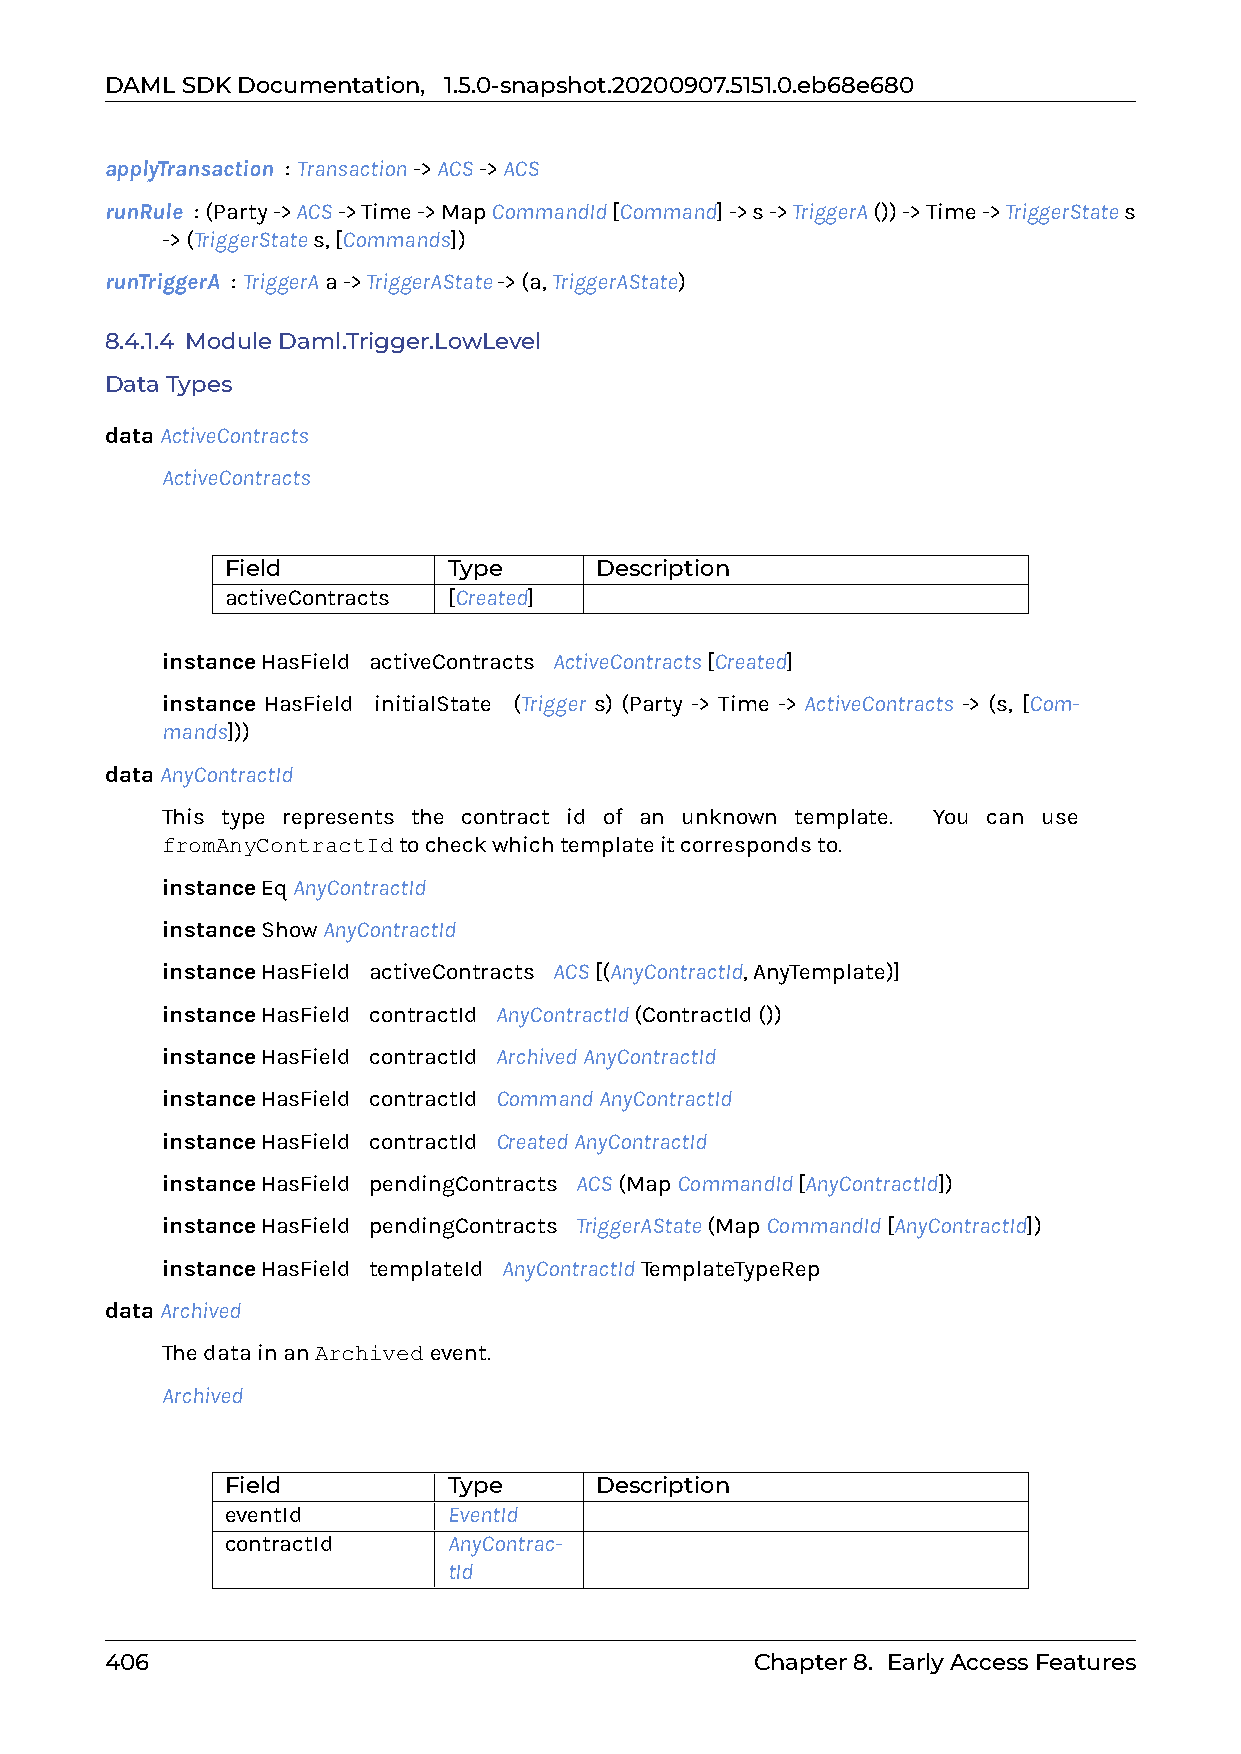
DAMLSDKDocumentation, 1.5.0-snapshot.20200907.5151.0.eb68e680
 applyTransaction : Transaction->ACS->ACS
 runRule : (Party->ACS->Time->MapCommandId[Command]->s->TriggerA())->Time->TriggerStates
 ->(TriggerStates,[Commands])
 runTriggerA : TriggerAa->TriggerAState->(a,TriggerAState)
 8.4.1.4 ModuleDaml.Trigger.LowLevel
 DataTypes
 dataActiveContracts
 ActiveContracts
 Field          Type     Description
 activeContracts [Created]
 instanceHasField0activeContracts0ActiveContracts[Created]
 instance HasField 0initialState0 (Trigger s) (Party -> Time -> ActiveContracts -> (s, [Com-
 mands]))
 dataAnyContractId
 This type represents the contract id of an unknown template. You can use
 fromAnyContractIdtocheckwhichtemplateitcorrespondsto.
 instanceEqAnyContractId
 instanceShowAnyContractId
 instanceHasField0activeContracts0ACS[(AnyContractId,AnyTemplate)]
 instanceHasField0contractId0AnyContractId(ContractId())
 instanceHasField0contractId0ArchivedAnyContractId
 instanceHasField0contractId0CommandAnyContractId
 instanceHasField0contractId0CreatedAnyContractId
 instanceHasField0pendingContracts0ACS(MapCommandId[AnyContractId])
 instanceHasField0pendingContracts0TriggerAState(MapCommandId[AnyContractId])
 instanceHasField0templateId0AnyContractIdTemplateTypeRep
 dataArchived
 ThedatainanArchivedevent.
 Archived
 Field          Type     Description
 eventId        EventId
 contractId     AnyContrac-
 tId
 406                                        Chapter8. EarlyAccessFeatures